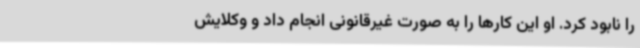
را نابود کرد. او این کارها را به صورت غیرقانونی انجام داد و وکلایش